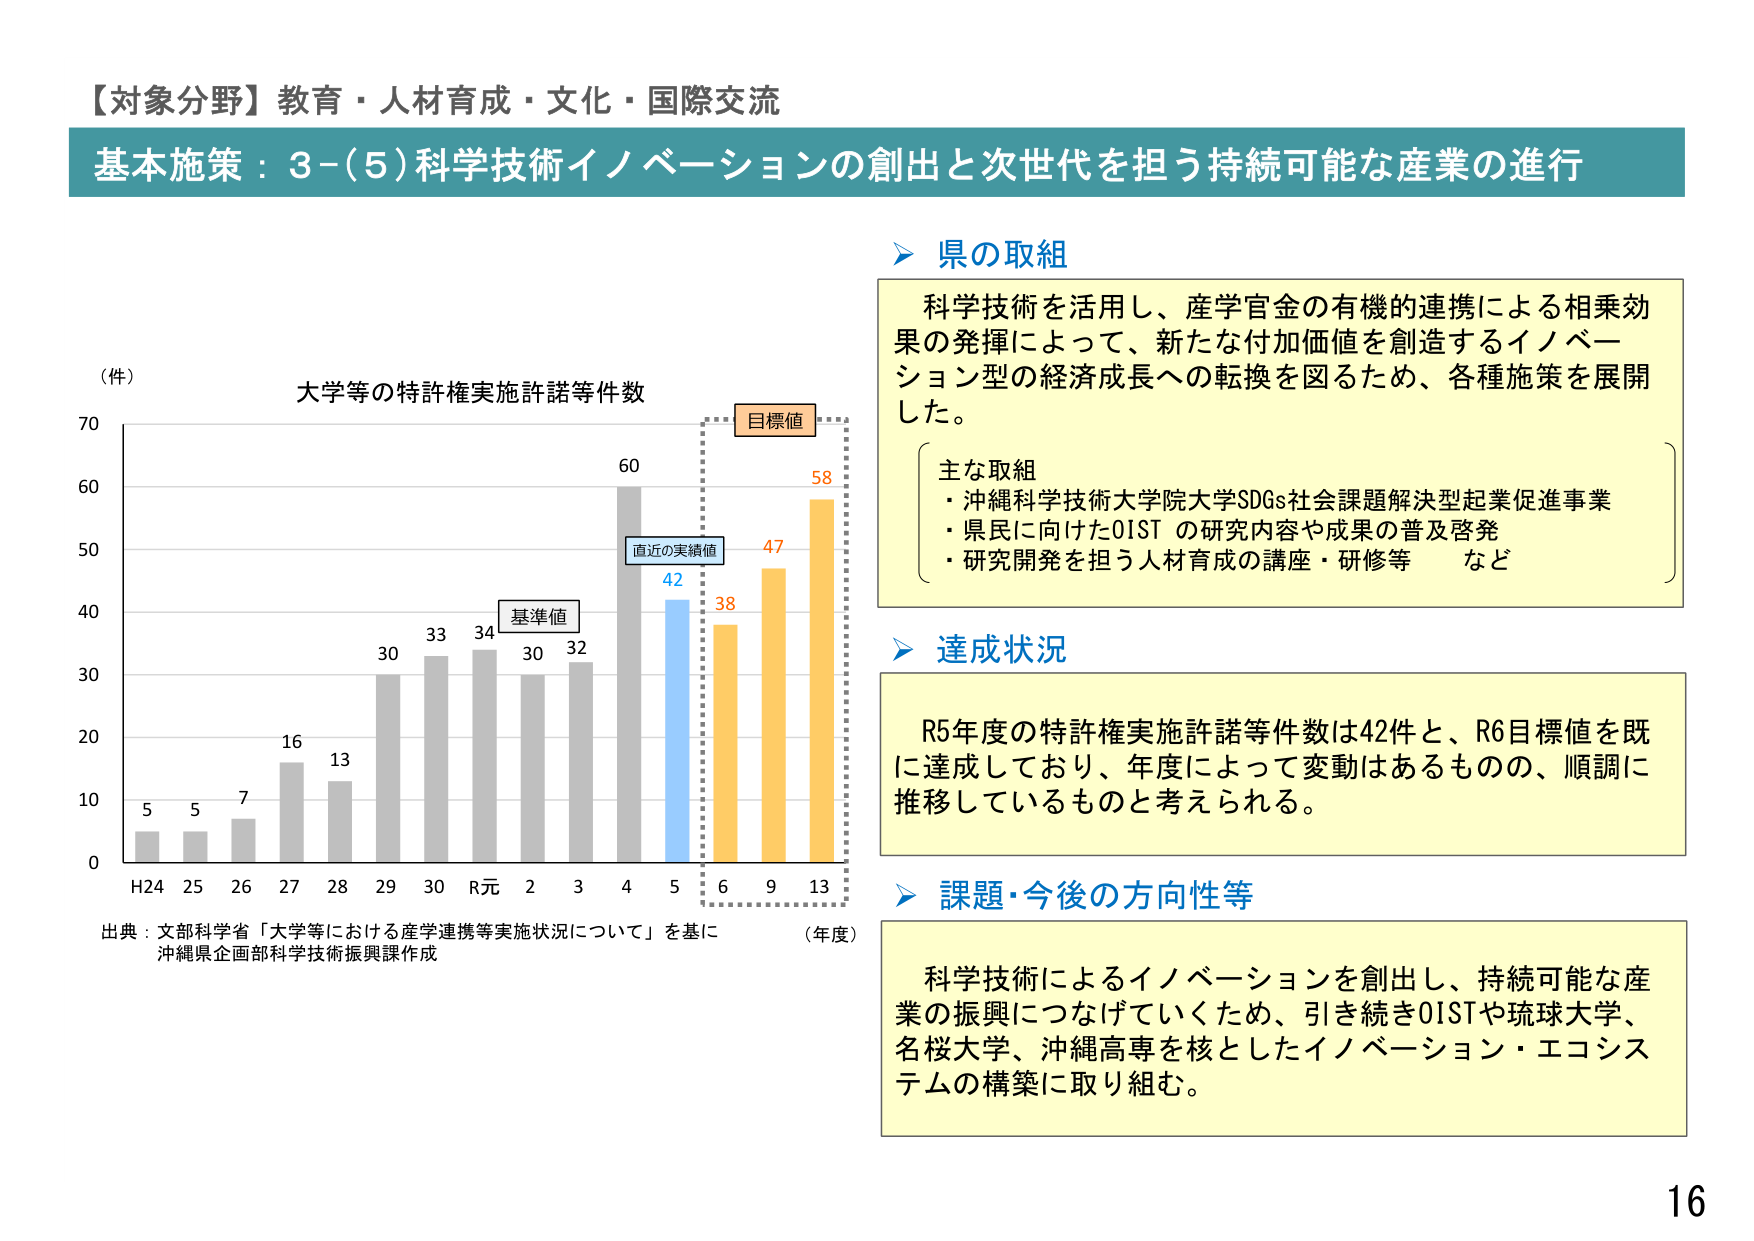
【対象分野】教育・人材育成・文化・国際交流
基本施策：3-(5)科学技術イノベーションの創出と次世代を担う持続可能な産業の進行

（件）
大学等の特許権実施許諾等件数
H24  25  26  27  28  29  30  R元  2  3  4  5  6  9  13
5    5   7   16  13  30  33  34  30  32  60  42  38  47  58
（年度）

基準値
直近の実績値
目標値

出典：文部科学省「大学等における産学連携等実施状況について」を基に
沖縄県企画部科学技術振興課作成

県の取組
科学技術を活用し、産学官金の有機的連携による相乗効果の発揮によって、新たな付加価値を創造するイノベーション型の経済成長への転換を図るため、各種施策を展開した。
主な取組
・沖縄科学技術大学院大学SDGs社会課題解決型起業促進事業
・県民に向けたOIST の研究内容や成果の普及啓発
・研究開発を担う人材育成の講座・研修等 など

達成状況
R5年度の特許権実施許諾等件数は42件と、R6目標値を既に達成しており、年度によって変動はあるものの、順調に推移しているものと考えられる。

課題・今後の方向性等
科学技術によるイノベーションを創出し、持続可能な産業の振興につなげていくため、引き続きOISTや琉球大学、名桜大学、沖縄高専を核としたイノベーション・エコシステムの構築に取り組む。

16